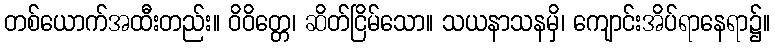
တစ်ယောက်အထီးတည်း။ ဝိဝိတ္တေ၊ ဆိတ်ငြိမ်သော။ သယနာသနမှိ၊ ကျောင်းအိပ်ရာနေရာ၌။